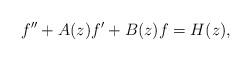
LaTeX: \begin{align*}f''+A(z)f'+B(z)f=H(z),\end{align*}